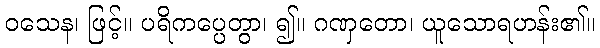
ဝသေန၊ ဖြင့်။ ပရိကပ္ပေတွာ၊ ၍။ ဂဏှတော၊ ယူသောရဟန်း၏။